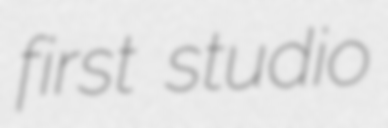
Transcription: first studio